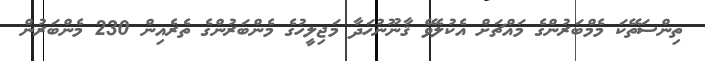
ތިންސަތޭކަ މެމްބަރުންގެ މައްޗަށް އެކުލެވޭ ޤާނޫނުހަދާ މަޖިލީހުގެ މެންބަރުންގެ ތެރެއިން 230 މެންބަރުން